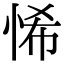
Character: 悕